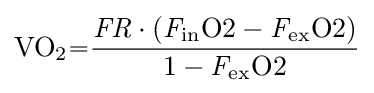
{\ce {VO2={\frac {{\mathit {FR}}\cdot ({\mathit {F}}_{in}O2-{\mathit {F}}_{ex}O2)}{1-{\mathit {F}}_{ex}O2}}}}